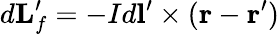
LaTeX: d\mathbf{L}_{f}^{\prime}=-Id\mathbf{l}^{\prime}\times(\mathbf{r}-\mathbf{r^{\prime}})